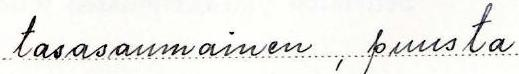
tasasaumainen, puusta